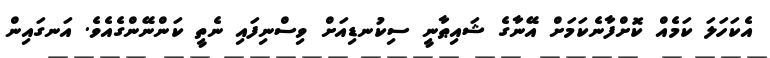
އެކަހަލަ ކަމެއް ކޮށްފާނެކަމަށް އޭނާގެ ޝައިޠާނީ ސިކުނޑިއަށް ވިސްނިފައި ނެތީ ކަންނޭންގެއެވެ. އަނގައިން